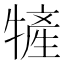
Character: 㹌